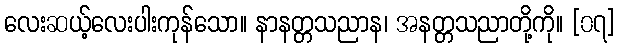
လေးဆယ့်လေးပါးကုန်သော။ နာနတ္တသညာန၊ အနတ္တသညာတို့ကို။ [၀၇]